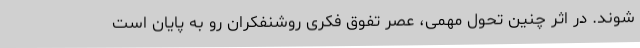
شوند. در اثر چنین تحول مهمی، عصر تفوق فکری روشنفکران رو به پایان است